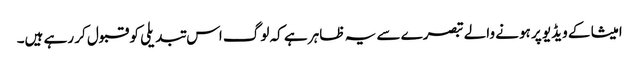
امیشا کے ویڈیو پر ہونے والے تبصرے سے یہ ظاہر ہے کہ لوگ اس تبدیلی کو قبول کر رہے ہیں۔